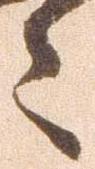
々